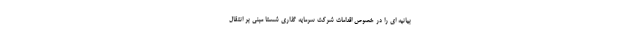
بیانیه ای را در خصوص اقدامات شرکت سرمایه گذاری شستا مبنی بر انتقال